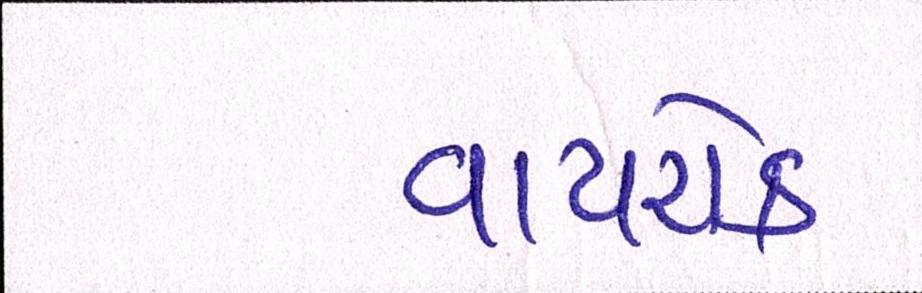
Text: વાયરોક